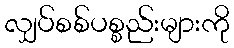
လျှပ်စစ်ပစ္စည်းများကို